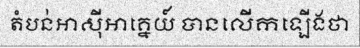
តំបន់អាស៊ីអាគ្នេយ៍ បានលើកឡើងថា